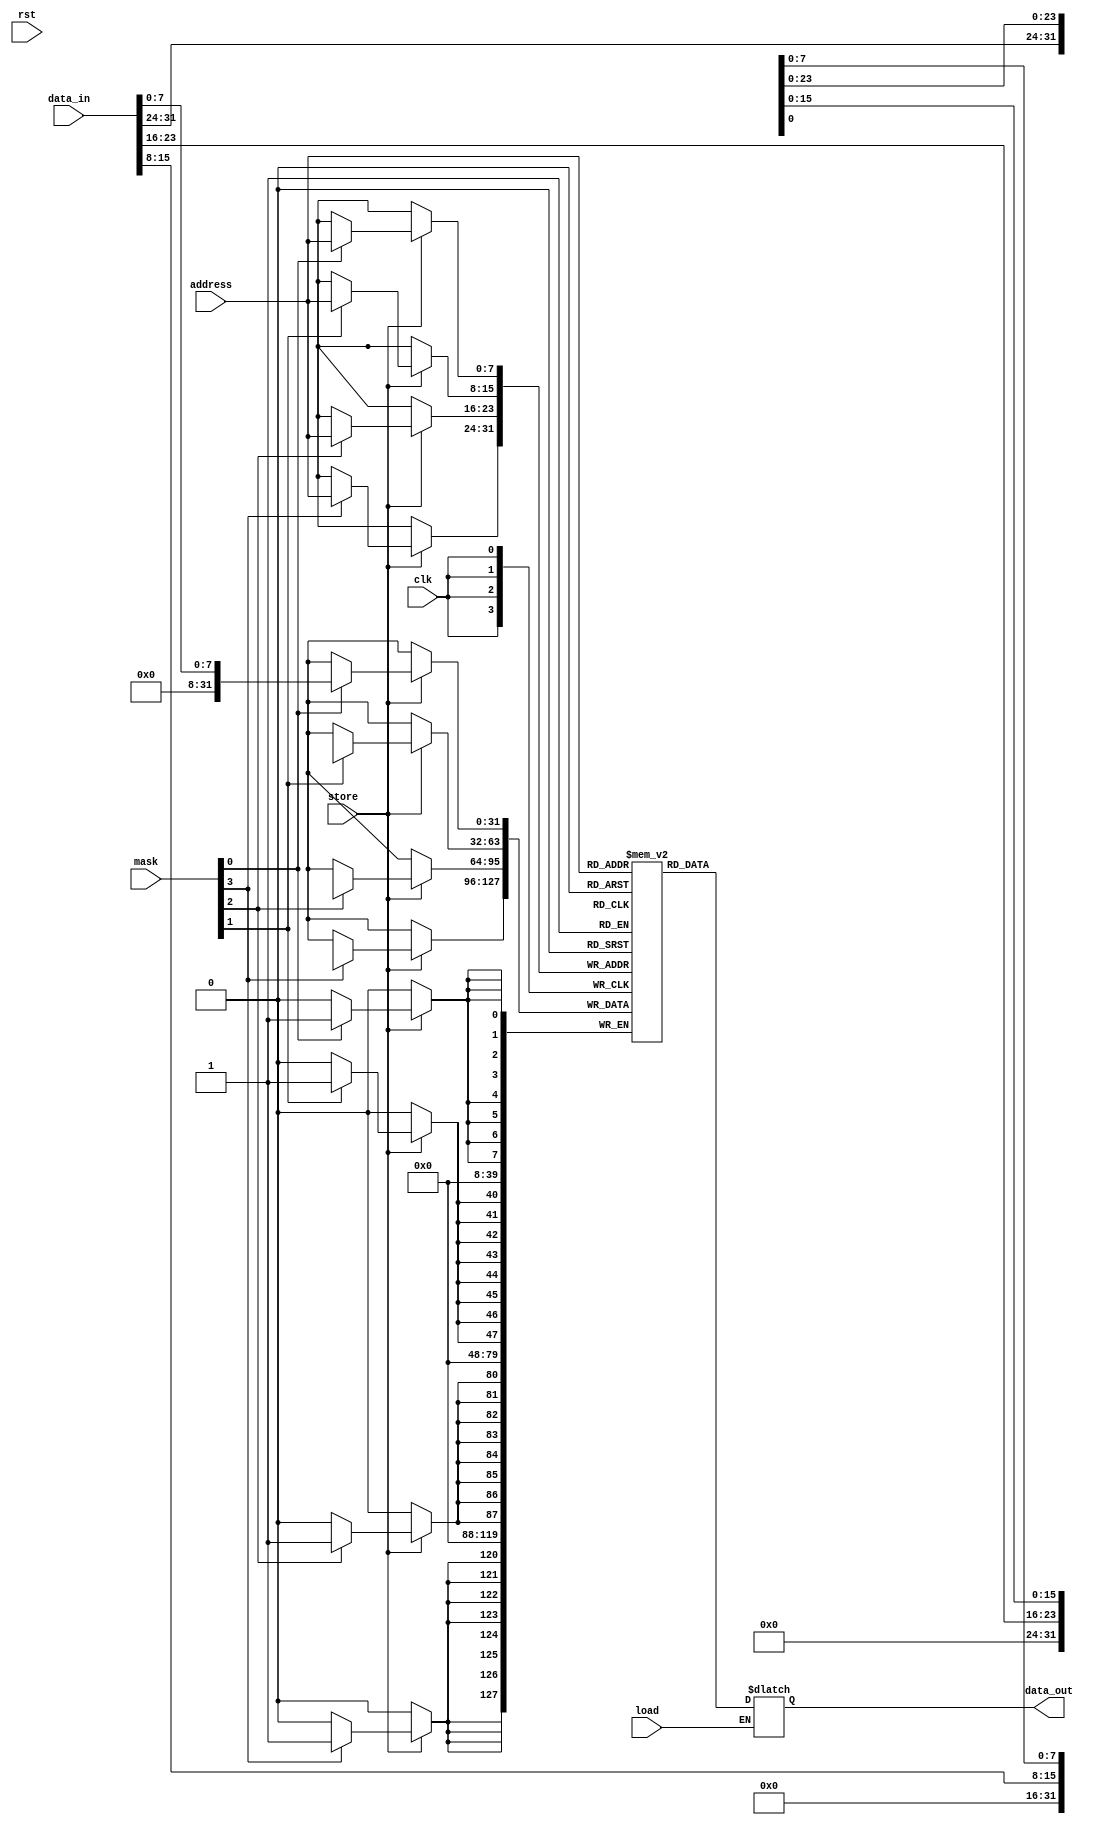
module data_mem(
    input wire clk,
    input wire rst,
    input wire store,
    input wire load,
	 
    input wire [3:0]  mask,
    input wire [7:0]  address,
    input wire [31:0] data_in,
	 
    output reg [31:0] data_out
    );
	 

    reg [31:0] mem [0:255];


    always @(posedge clk) begin
        if (store) begin
            if(mask[0]) begin
                mem[address][7:0] <= data_in[7:0];
            end
            if(mask[1]) begin
                mem[address][15:8] <= data_in[15:8];
            end
            if(mask[2]) begin
                mem[address][23:16] <= data_in[23:16];
            end
            if(mask[3]) begin
                mem[address][31:24] <= data_in[31:24];
            end
        end
		 end

	always @(*) begin
		 
        if (load) begin
            data_out <= mem[address];
        end
    end
endmodule